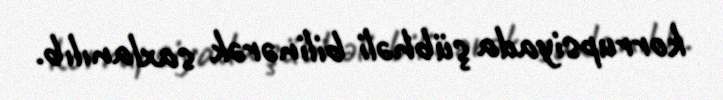
korrupsiyada şübhəli bilinərək saxlanılıb.